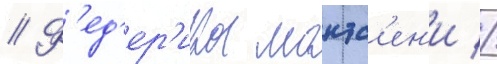
// Ф'ед'ер'ика монтс'ен'и //